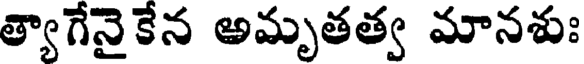
త్యాగేనైకేన అమృతత్వ మానశుః